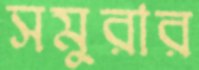
সমুরার